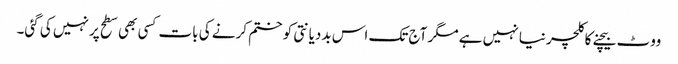
ووٹ بیچنے کا کلچر نیا نہیں ہے مگر آج تک اس بددیانتی کو ختم کرنے کی بات کسی بھی سطح پر نہیں کی گئی۔